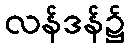
လန်ဒန်၌